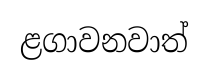
ළගාවනවාත්